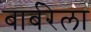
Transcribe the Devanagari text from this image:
बार्बरेला